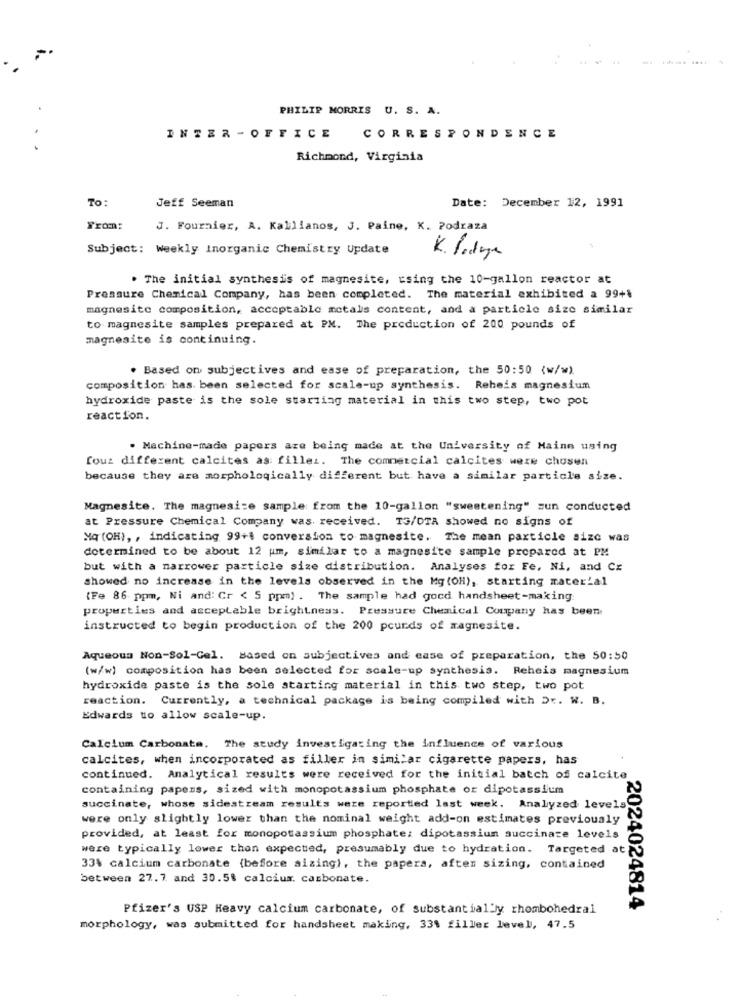
PHILIP MORRIS U. S. A.
INTER - OFFICE
CORRESPONDENCE
Richmond, Virginia
To:
Jeff Seeman
Date: December 12, 1991
From:
J. Fournier, A. Kallianos, J. Paine, K. Podraza
Subject: weekly Inorganic Chemistry Update
K. Padre
. The initial synthesis of magnesite, using the 10-gallon reactor at
Pressure Chemical Company, has been completed. The material exhibited a 99+%
magnesite composition, acceptable metals content, and a particle size similar
to magnesite samples prepared at PM. The production of 200 pounds of
magnesite is continuing.
. Based on subjectives and ease of preparation, the 50:50 (w/w).
composition has been selected for scale-up synthesis. Reheis magnesium
hydroxide paste is the sole starting material in this two step, two pot
reaction.
. Machine-made papers are being made at the University of Maine using
four different calcites as fillei. The commercial calcites were chosen
because they are morphologically different but have a similar particle size.
Magnesite. The magnesite sample from the 10-gallon "sweetening" zun conducted
at Pressure Chemical Company was received. T3/DTA showed no signs of
Mq (OH), , indicating 99+1 conversion to magnesite. The mean particle size was
determined to be about 12 um, similar to a magnesite sample prepared at PM
but with a narrower particle size distribution. Analyses for Fe, Ni, and Cz
showed no increase in the levels observed in the Mg (OH), starting material
{Fe 86 ppm, Ni and: Cr < 5 ppm) . The sample had gocd handsheet-making
properties and acceptable brightness. Pressure Chemical Company has been
instructed to begin production of the 200 pounds of magnesite.
Aqueous Non-Sol-Gel. Based on subjectives and ease of preparation, the 50:50
(w/w) composition has been selected for scale-up synthesis. Reheis magnesium
hydroxide paste is the sole starting material in this two step, two pot
reaction. Currently, a technical package is being compiled with Dr. W. B.
Edwards to allow scale-up.
Calcium Carbonate. The study investigating the influence of various
calcites, when incorporated as filler in similar cigarette papers, has
continued. Analytical results were received for the initial batch of calcite
containing papers, sized with monopotassium phosphate or dipotassium
succinate, whose sidestream results were reported last week. Analyzed levels
were only slightly lower than the nominal weight add-on estimates previously
provided, at least for monopotassium phosphate: dipotassium succinate levels
were typically lower than expected, presumably due to hydration. Targeted at
33% calcium carbonate (before aizing), the papers, aften sizing, contained
between 27.7 and 30.5$ calcium. carbonate.
Pfizer's USP Heavy calcium carbonate, of substantially rhombohedral
2024024814
morphology, was submitted for handsheet making, 33% filler level, 47.5